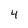
Character: 4